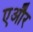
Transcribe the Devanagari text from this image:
एऔर